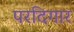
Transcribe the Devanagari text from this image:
परदिगार